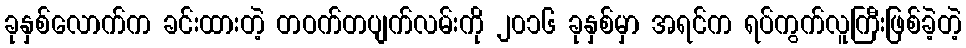
ခုနှစ်လောက်က ခင်းထားတဲ့ တဝက်တပျက်လမ်းကို ၂၀၁၆ ခုနှစ်မှာ အရင်က ရပ်ကွက်လူကြီးဖြစ်ခဲ့တဲ့